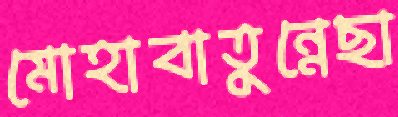
মোহাবাতুন্নেছা